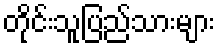
တိုင်းသူပြည်သားများ